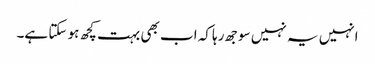
انہیں یہ نہیں سوجھ رہا کہ اب بھی بہت کچھ ہو سکتا ہے۔